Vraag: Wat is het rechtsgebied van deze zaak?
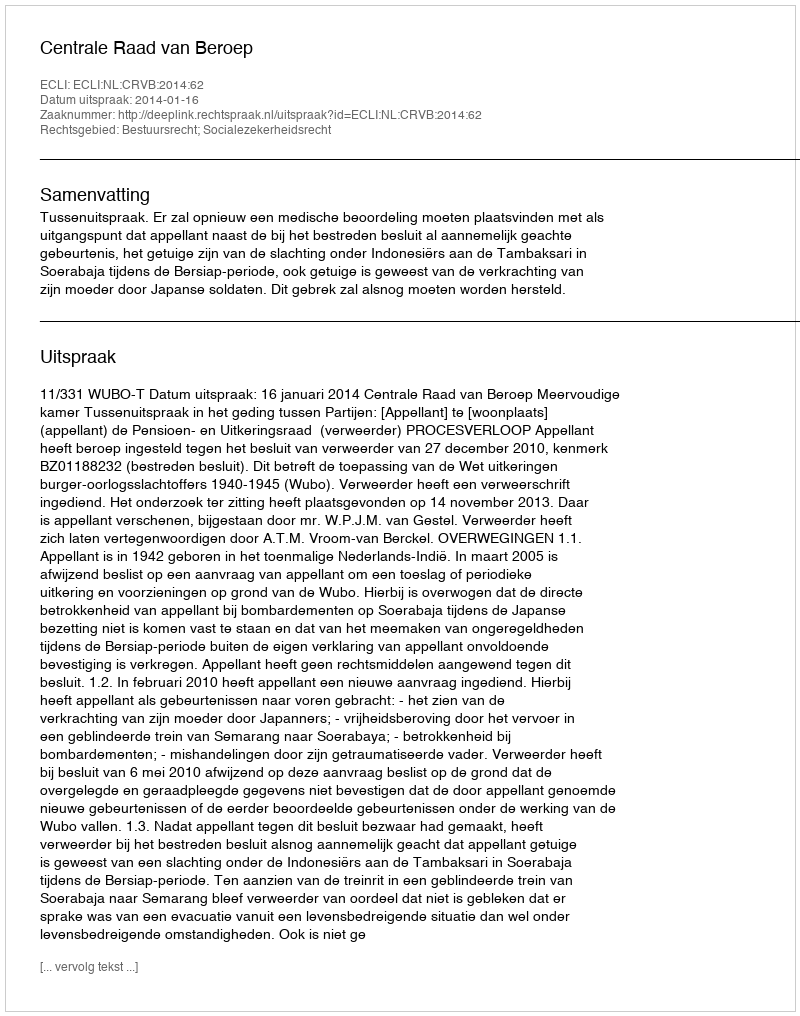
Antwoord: Bestuursrecht; Socialezekerheidsrecht